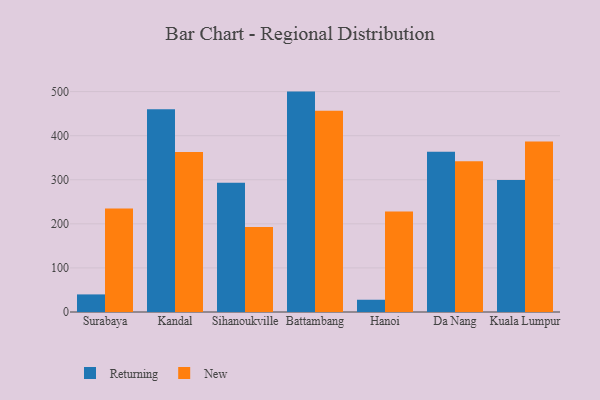
{"axis": {"x": "City", "y": "Customer Acquisition Cost (USD)"}, "legend": ["New", "Returning"], "data": [{"x": "Surabaya", "y": 39.9, "type": "Returning"}, {"x": "Surabaya", "y": 235.0, "type": "New"}, {"x": "Kandal", "y": 459.8, "type": "Returning"}, {"x": "Kandal", "y": 362.7, "type": "New"}, {"x": "Sihanoukville", "y": 293.2, "type": "Returning"}, {"x": "Sihanoukville", "y": 192.7, "type": "New"}, {"x": "Battambang", "y": 500.0, "type": "Returning"}, {"x": "Battambang", "y": 456.4, "type": "New"}, {"x": "Hanoi", "y": 27.8, "type": "Returning"}, {"x": "Hanoi", "y": 227.9, "type": "New"}, {"x": "Da Nang", "y": 363.8, "type": "Returning"}, {"x": "Da Nang", "y": 341.8, "type": "New"}, {"x": "Kuala Lumpur", "y": 299.4, "type": "Returning"}, {"x": "Kuala Lumpur", "y": 386.8, "type": "New"}]}